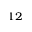
^ { 1 2 }